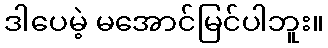
ဒါပေမဲ့ မအောင်မြင်ပါဘူး။